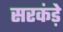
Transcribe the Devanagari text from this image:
सरकंड़े